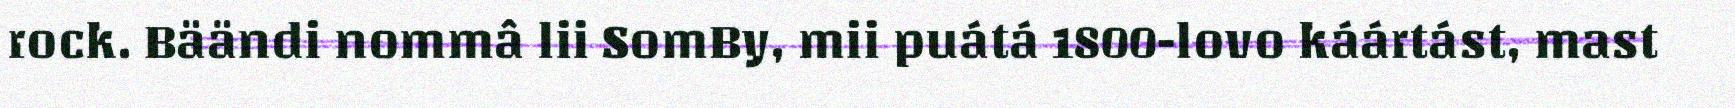
rock. Bäändi nommâ lii SomBy, mii puátá 1800-lovo káártást, mast